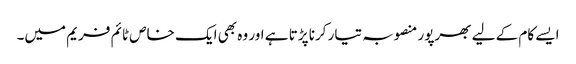
ایسے کام کے لیے بھرپور منصوبہ تیار کرنا پڑتا ہے اور وہ بھی ایک خاص ٹائم فریم میں۔